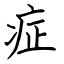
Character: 症